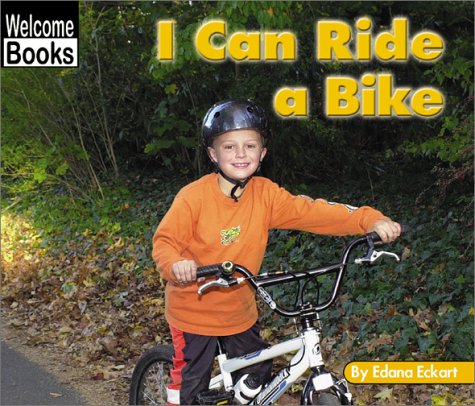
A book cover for I Can Ride a Bike (Welcome Books: Sports); Edana Eckart; Children's Books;